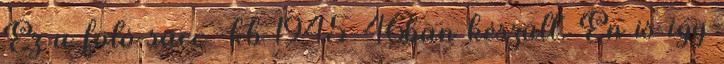
Ez a fotó sacc kb 1945-46ban készült. Én is így